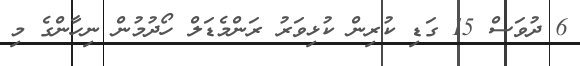
6 ދުވަސް 15 ގަޑި ކުރިން ކުޅިވަރު ރަންމެޑަލް ހޯދުމުން ނިހާންގެ މި